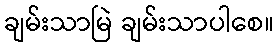
ချမ်းသာမြဲ ချမ်းသာပါစေ။